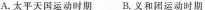
A.太平天国运动时期 B.义和团运动时期